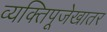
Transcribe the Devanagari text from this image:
व्यक्तिपूजेखातर